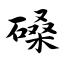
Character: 磉